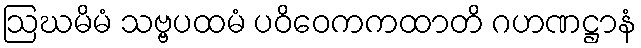
ဩဃမိမံ သဗ္ဗပထမံ ပဝိဝေကကထာတိ ဂဟဏဋ္ဌာနံ